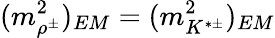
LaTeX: ({m_{\rho^{\pm}}^{2}})_{EM}=({m_{K^{*\pm}}^{2}})_{EM}